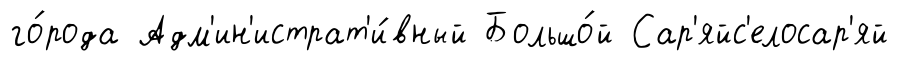
го́рода Адм'ин'истрат'и́вный Большо́й Сар'яйс'елосар'яй